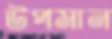
উপমান